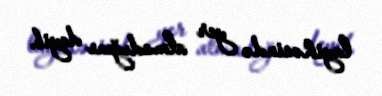
layihəsində yer almadığını deyib.